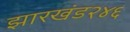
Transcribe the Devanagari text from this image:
झारखंड२४६